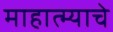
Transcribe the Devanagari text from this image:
माहात्म्याचे